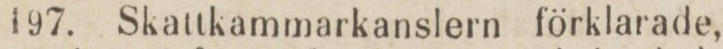
197. Skattkammarkanslern förklarade,